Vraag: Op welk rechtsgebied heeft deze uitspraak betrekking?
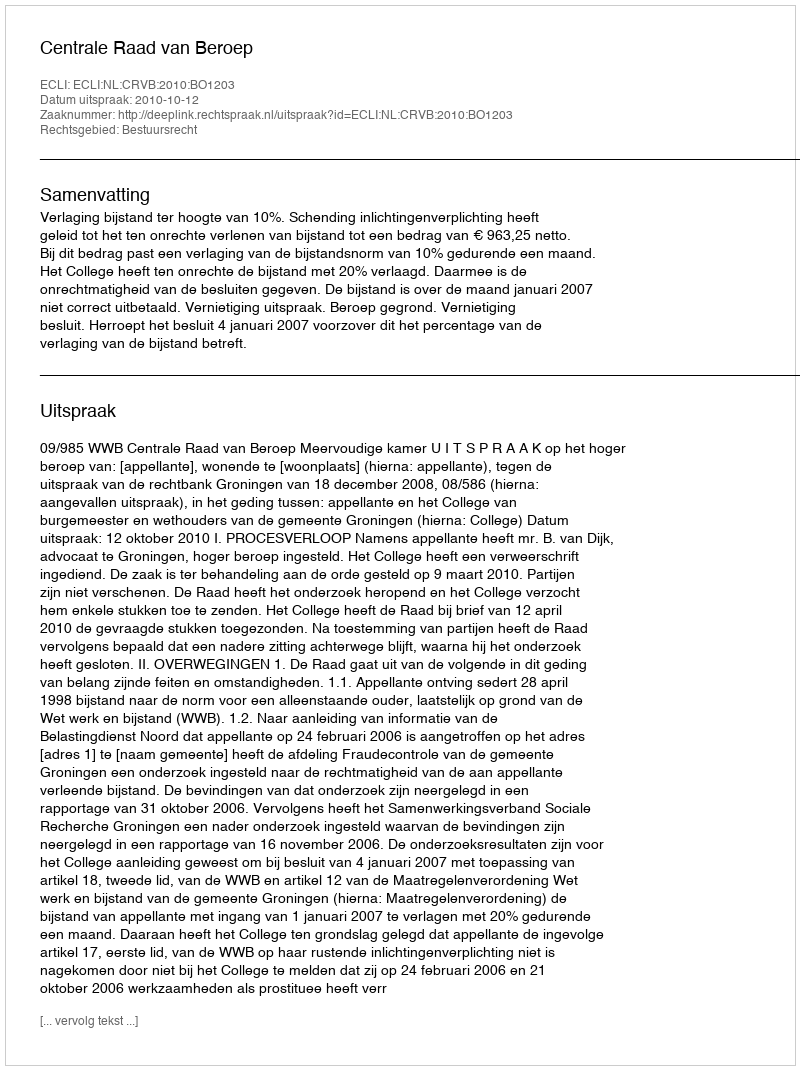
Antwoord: Bestuursrecht